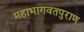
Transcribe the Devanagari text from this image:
महाभागवतपुराण